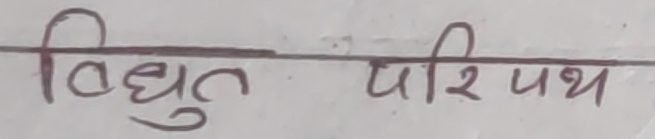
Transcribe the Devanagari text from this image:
विद्युत परिपथ